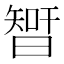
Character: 𣉻